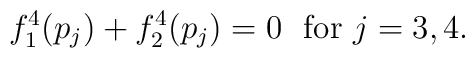
f_1^4 ( p_j ) + f_2^4 ( p_j ) = 0 \ \ \mbox{for} \ j = 3 , 4 .